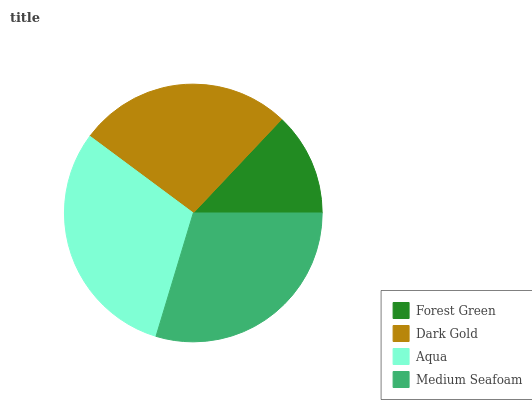
| Forest Green | Dark Gold | Aqua | Medium Seafoam |
 | --- | --- | --- | --- |
 | 13% | 26.9% | 30.5% | 29.6% |